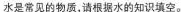
水是常见的物质，请根据水的知识填空。